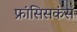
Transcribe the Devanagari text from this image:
फ्रांसिसकंस